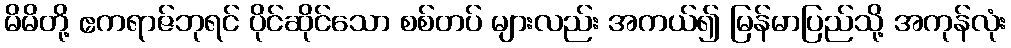
မိမိတို့ ဧကရာဇ်ဘုရင် ပိုင်ဆိုင်သော စစ်တပ် များလည်း အကယ်၍ မြန်မာပြည်သို့ အကုန်လုံး